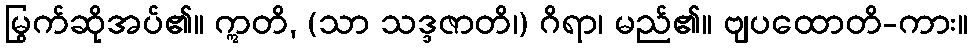
မြွက်ဆိုအပ်၏။ ဣတိ, (သာ သဒ္ဒဇာတိ၊) ဂိရာ၊ မည်၏။ ဗျပထောတိ-ကား။